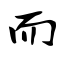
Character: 而